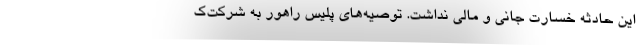
این حادثه خسارت جانی و مالی نداشت. توصیه‌های پلیس راهور به شرکت‌ک